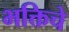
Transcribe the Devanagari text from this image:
भक्तिचे